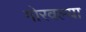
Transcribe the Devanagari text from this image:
गोरवल्या